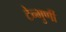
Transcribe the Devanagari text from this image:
टेन्भुर्णी